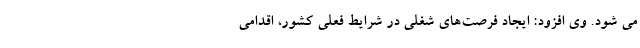
می شود. وی افزود: ایجاد فرصت‌های شغلی در شرایط فعلی کشور، اقدامی